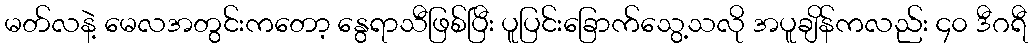
မတ်လနဲ့ မေလအတွင်းကတော့ နွေရာသီဖြစ်ပြီး ပူပြင်းခြောက်သွေ့သလို အပူချိန်ကလည်း ၄၀ ဒီဂရီ